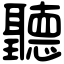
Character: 聽